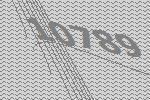
10789